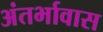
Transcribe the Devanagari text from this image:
अंतर्भावास